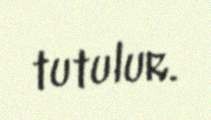
tutulur.